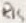
Text: R15